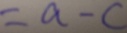
= a - c